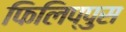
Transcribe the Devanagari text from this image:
फिलिप्पुस